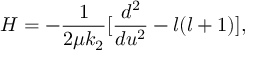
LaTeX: H = - \frac { 1 } { 2 \mu k _ { 2 } } [ \frac { d ^ { 2 } } { d u ^ { 2 } } - l ( l + 1 ) ] ,